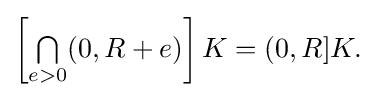
{\textstyle \left[{\textstyle \bigcap \limits _{e>0}}(0,R+e)\right]K=(0,R]K.}